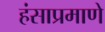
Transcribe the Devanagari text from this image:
हंसाप्रमाणे